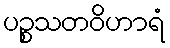
ပဉ္စသတဝိဟာရံ